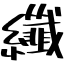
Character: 纖